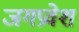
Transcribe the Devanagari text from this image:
जगप्रवेश